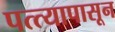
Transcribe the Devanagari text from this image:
पत्त्यापासून